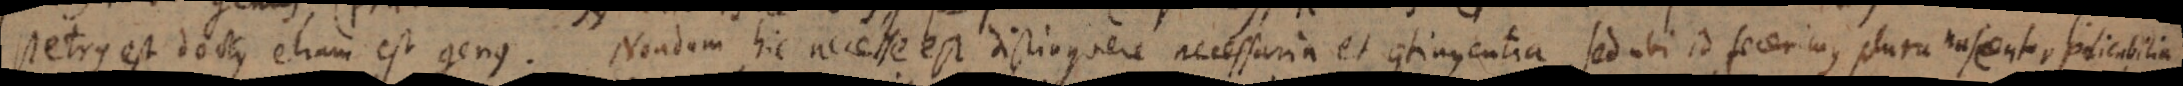
Petrus est doctus etiam est genus. Nondum hic necesse est distinguere necessaria et contingentia, sed ubi id fecerimus plura nascentur praedicabilia.